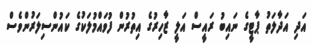
އަދި އަދާލަތު ޕާޓީގެ ނައިބު ރައީސް އަލީ ޒާހިރުގެ އިތުރުން ފުވައްމުލަކުގެ ކައުންސިލަރުންވެސް